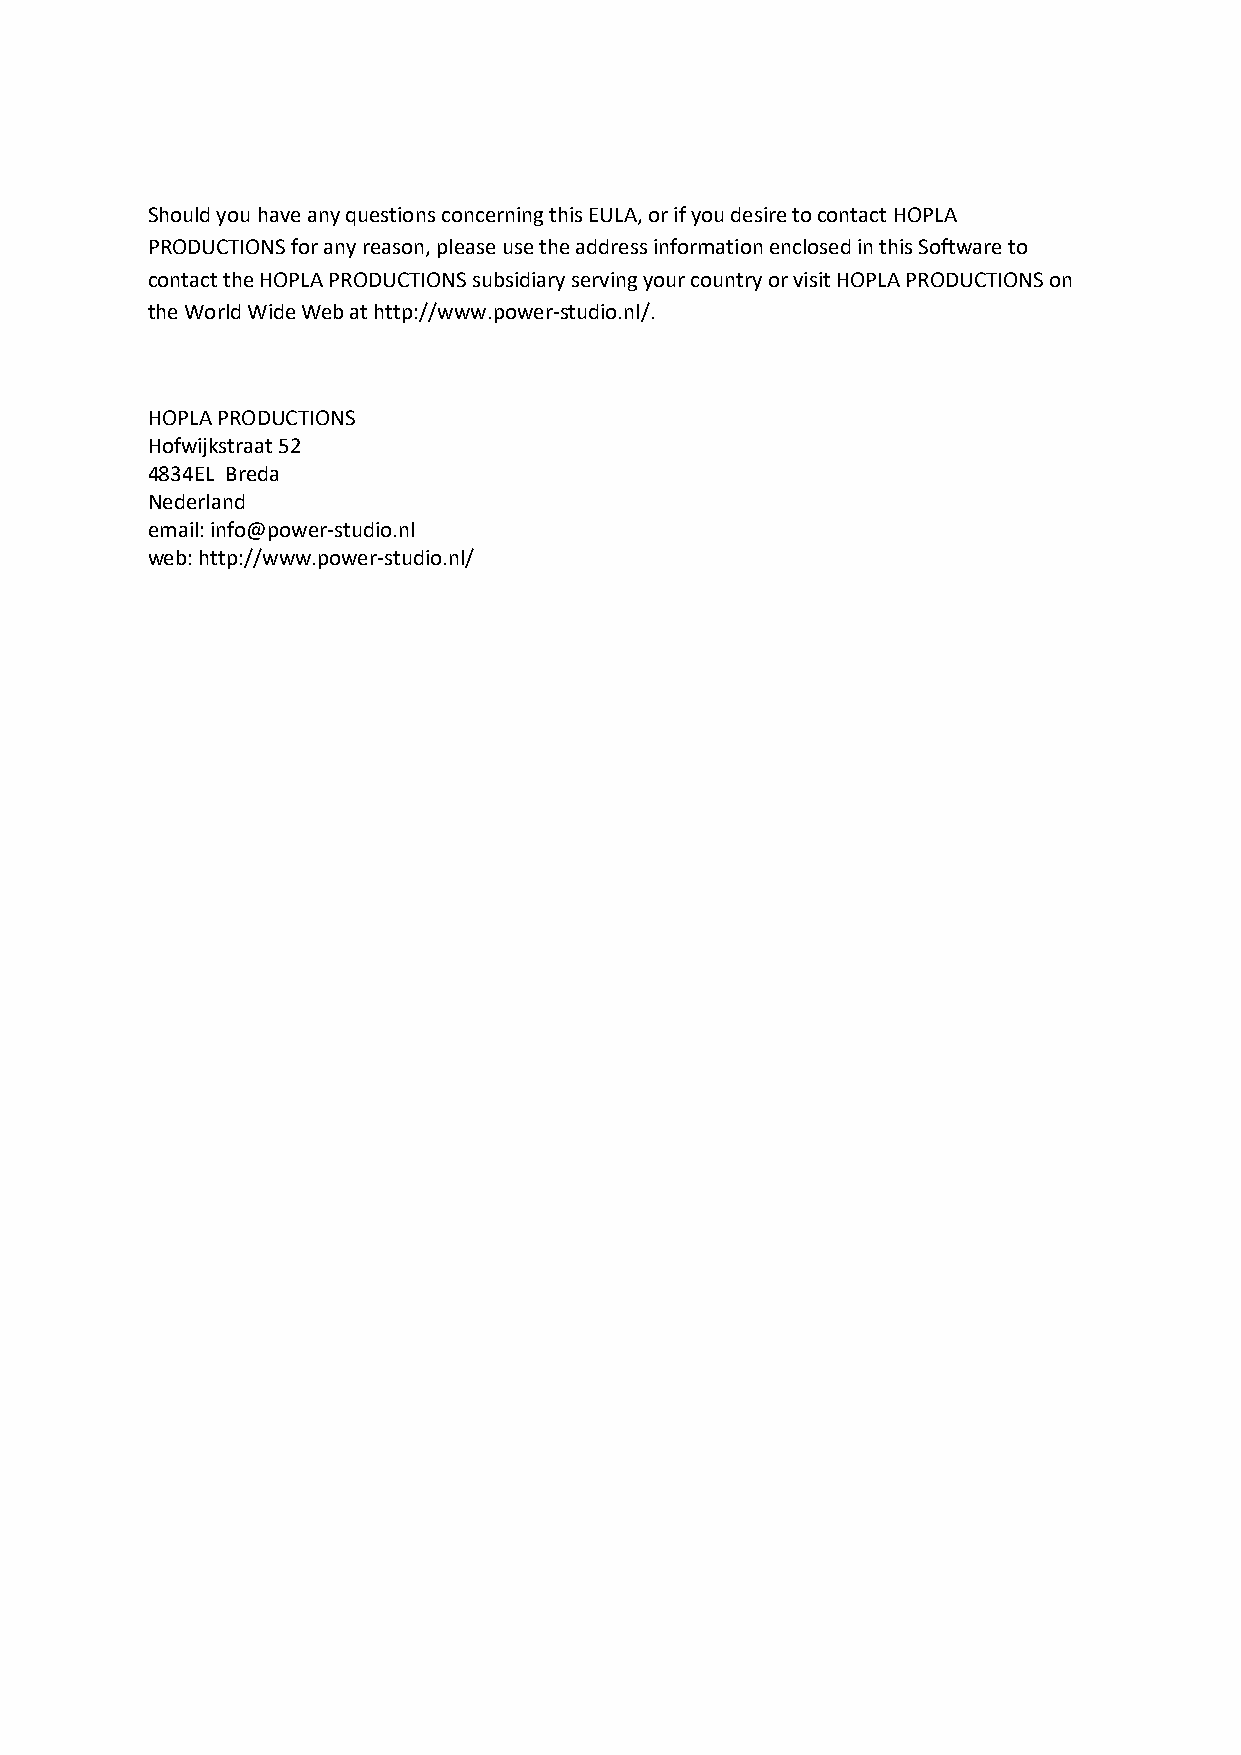
Should you have any questions concerning this EULA, or if you desire to contact HOPLA
 PRODUCTIONS for any reason, please use the address information enclosed in this Software to
 contact the HOPLA PRODUCTIONS subsidiary serving your country or visit HOPLA PRODUCTIONS on
 the World Wide Web at http://www.power-studio.nl/.
 HOPLA PRODUCTIONS
 Hofwijkstraat 52
 4834EL Breda
 Nederland
 email: info@power-studio.nl
 web: http://www.power-studio.nl/